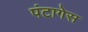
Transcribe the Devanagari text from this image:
पंटागेस